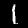
Label: 1